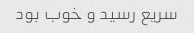
سریع رسید و خوب بود